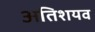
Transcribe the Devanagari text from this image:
अतिशयव